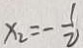
x _ { 2 } = - \frac { 1 } { 2 }